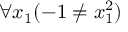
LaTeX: \forall x _ { 1 } ( - 1 \neq x _ { 1 } ^ { 2 } )